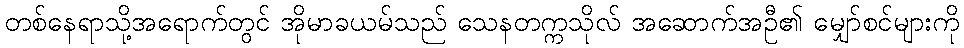
တစ်နေရာသို့အရောက်တွင် အိုမာခယမ်သည် သေနတက္ကသိုလ် အဆောက်အဦ၏ မျှော်စင်များကို